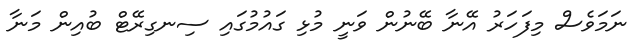
ނަމަވެސް މިފަހަރު އޭނާ ބޭނުން ވަނީ މުޅި ގައުމުގައި ސިނގިރޭޓް ބުއިން މަނާ